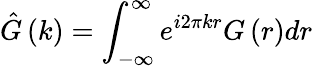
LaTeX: \hat{G}\left(k\right)=\int_{-\infty}^{\infty}e^{i2\pi kr}G\left(r\right)dr